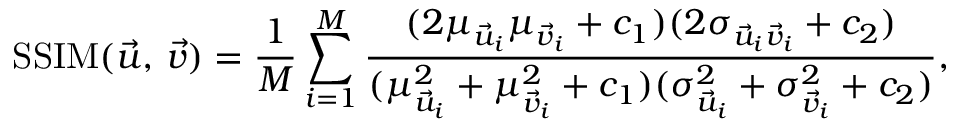
\mathrm { S S I M } ( \vec { u } , \, \vec { v } ) = \frac { 1 } { M } \sum _ { i = 1 } ^ { M } \frac { ( 2 \mu _ { \vec { u } _ { i } } \mu _ { \vec { v } _ { i } } + c _ { 1 } ) ( 2 \sigma _ { \vec { u } _ { i } \vec { v } _ { i } } + c _ { 2 } ) } { ( { \mu _ { \vec { u } _ { i } } ^ { 2 } } + { \mu _ { \vec { v } _ { i } } ^ { 2 } } + c _ { 1 } ) ( { \sigma _ { \vec { u } _ { i } } ^ { 2 } } + { \sigma _ { \vec { v } _ { i } } ^ { 2 } } + c _ { 2 } ) } ,